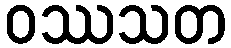
ဝဿသတ